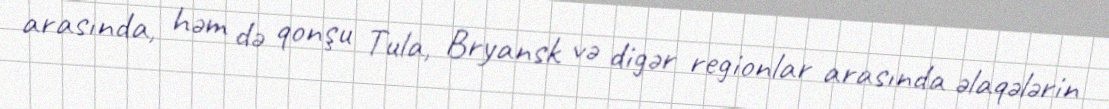
arasında, həm də qonşu Tula, Bryansk və digər regionlar arasında əlaqələrin